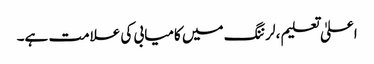
اعلیٰ تعلیم ، لرننگ میں کامیابی کی علامت ہے۔